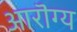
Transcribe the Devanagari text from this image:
आरॊग्य